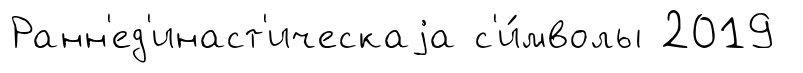
Ранн'ед'инаст'ическаjа с'и́мволы 2019